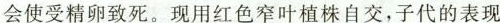
会使受精卵致死。现用红色窄叶植株自交，子代的表现